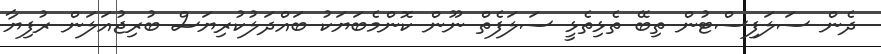
ދެން ސަލަފިސްޓުން ތިބޭ ތެޅިތެޅީ ސަލަފެތް ނޫން ކޮންމެބަޔަކު ބައްދަލުކުރިޔަސް ބުރިޖުއަލަން ރުފިޔާ